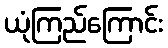
ယုံကြည်ကြောင်း